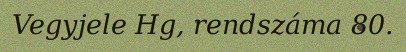
Vegyjele Hg, rendszáma 80.